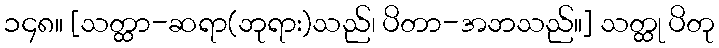
၁၄၈။ [သတ္ထာ-ဆရာ(ဘုရား)သည်၊ ပိတာ-အဘသည်။] သတ္ထု ပိတု